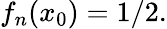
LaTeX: f_{n}(x_{0})=1/2.